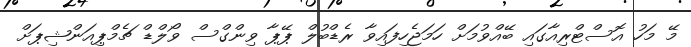
މޭ މަހު އޮސްޓްރިއާގައި ބޭއްވުމަށް ހަމަޖެހިފައިވާ ރެޑްބުލް ޕޭޕާ ވިންގްސް ވޯލްޑް ޗެމްޕިއަންޝިޕަށް